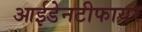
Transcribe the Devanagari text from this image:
आईडेनटीफायर